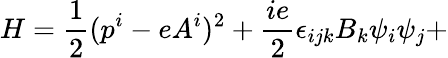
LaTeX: H=\frac{1}{2}(p^{i}-eA^{i})^{2}+\frac{ie}{2}\epsilon_{ijk}B_{k}\psi_{i}\psi_{j}+